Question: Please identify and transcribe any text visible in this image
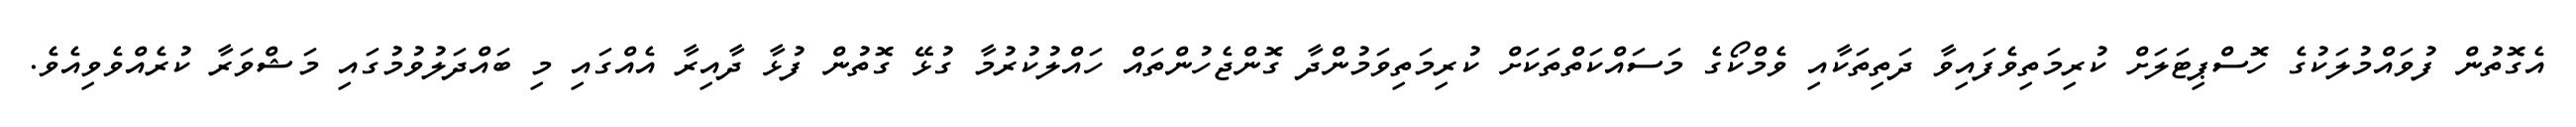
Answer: އެގޮތުން ފުވައްމުލަކުގެ ހޮސްޕިޓަލަށް ކުރިމަތިވެފައިވާ ދަތިތަކާއި ވެމްކޯގެ މަސައްކަތްތަކަށް ކުރިމަތިވަމުންދާ ގޮންޖެހުންތައް ހައްލުކުރުމާ ގުޅޭ ގޮތުން ފުޅާ ދާއިރާ އެއްގައި މި ބައްދަލުވުމުގައި މަޝްވަރާ ކުރެއްވެވިއެވެ.